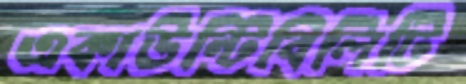
একাউন্টিবিলিটি